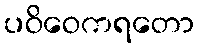
ပဝိဝေကရတော